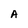
Character: A